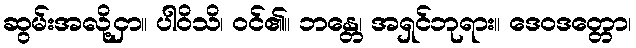
ဆွမ်းအလို့ငှာ။ ပါဝိသိ၊ ဝင်၏။ ဘန္တေ၊ အရှင်ဘုရား။ ဒေဝဒတ္တော၊